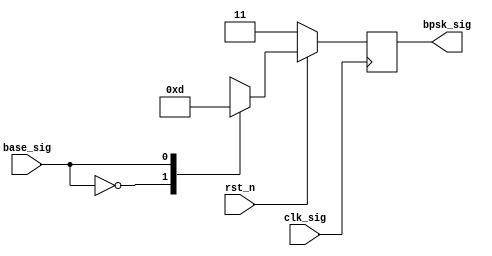
// ************************************************************
//
// Design Name: BPSK
// Module Name: bpsk.v
// Tool versions: VsCode
// Description: BPSK 
// Parameter:
// 1. 
// Input:
// 1. 
// Output:
// 1. 
// ************************************************************
module bpsk (
    input       clk_sig,
    input       rst_n,
    input [0:0] base_sig,

    output reg [1:0] bpsk_sig
);
    always @(posedge clk_sig) begin
        if (!rst_n) begin
            bpsk_sig <= 2'b11;
        end else begin
            case (base_sig)
                1'b0: bpsk_sig <= 2'b11;
                1'b1: bpsk_sig <= 2'b01;
                default: bpsk_sig <= 2'b11;
            endcase
        end
    end
endmodule